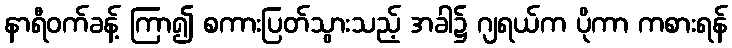
နာရီဝက်ခန့် ကြာ၍ စကားပြတ်သွားသည့် အခါ၌ ဂျရယ်က ပိုကာ ကစားရန်